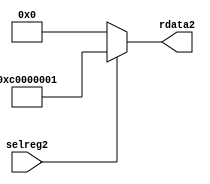
//File2 name   : smc_cfreg_lite2.v
//Title2       : 
//Created2     : 1999
//Description2 : Single2 instance of a config register
//Notes2       : 
//----------------------------------------------------------------------
//   Copyright2 1999-2010 Cadence2 Design2 Systems2, Inc2.
//   All Rights2 Reserved2 Worldwide2
//
//   Licensed2 under the Apache2 License2, Version2 2.0 (the
//   "License2"); you may not use this file except2 in
//   compliance2 with the License2.  You may obtain2 a copy of
//   the License2 at
//
//       http2://www2.apache2.org2/licenses2/LICENSE2-2.0
//
//   Unless2 required2 by applicable2 law2 or agreed2 to in
//   writing, software2 distributed2 under the License2 is
//   distributed2 on an "AS2 IS2" BASIS2, WITHOUT2 WARRANTIES2 OR2
//   CONDITIONS2 OF2 ANY2 KIND2, either2 express2 or implied2.  See
//   the License2 for the specific2 language2 governing2
//   permissions2 and limitations2 under the License2.
//----------------------------------------------------------------------



module smc_cfreg_lite2 (
  // inputs2
  selreg2,

  // outputs2
  rdata2
);


// Inputs2
input         selreg2;               // select2 the register for read/write access

// Outputs2
output [31:0] rdata2;                 // Read data

wire   [31:0] smc_config2;
wire   [31:0] rdata2;


assign rdata2 = ( selreg2 ) ? smc_config2 : 32'b0;
assign smc_config2 =  {1'b1,1'b1,8'h00, 2'b00, 2'b00, 2'b00, 2'b00,2'b00,2'b00,2'b00,8'h01};




endmodule // smc_cfreg2